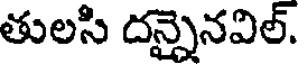
తులసి దన్నైనవిల్.